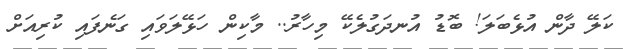
ކަލޭ ދާން އުޅެބަލަ! ބޮޑު އުނދަގުލެކޭ މިހާރު.. މާކިން ހަޅޭލަވައި ގަނެފައި ކުރިއަށް